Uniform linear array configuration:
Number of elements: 32
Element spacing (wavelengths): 0.5
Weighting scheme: blackman
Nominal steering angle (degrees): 45
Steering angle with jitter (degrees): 44.689
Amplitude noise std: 0.05
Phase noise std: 0.05

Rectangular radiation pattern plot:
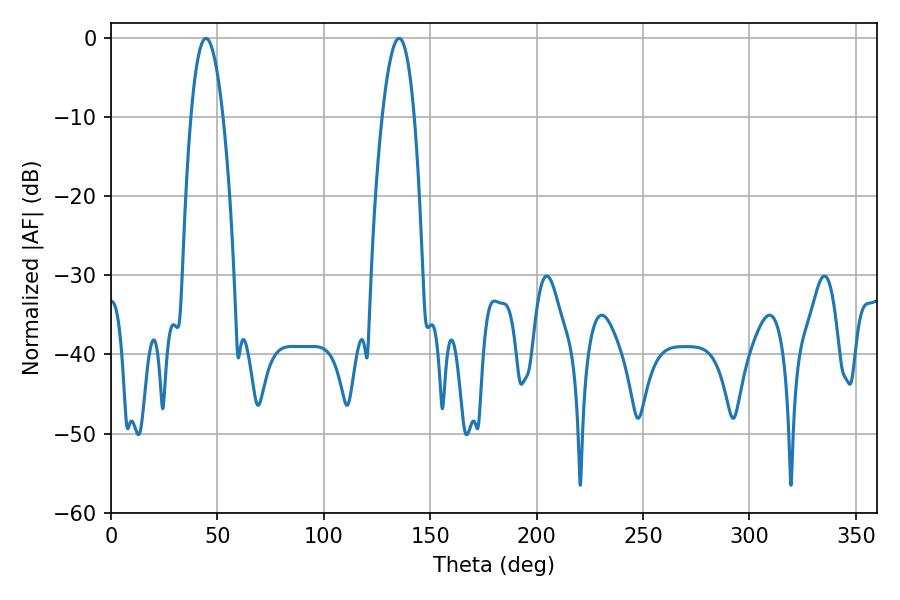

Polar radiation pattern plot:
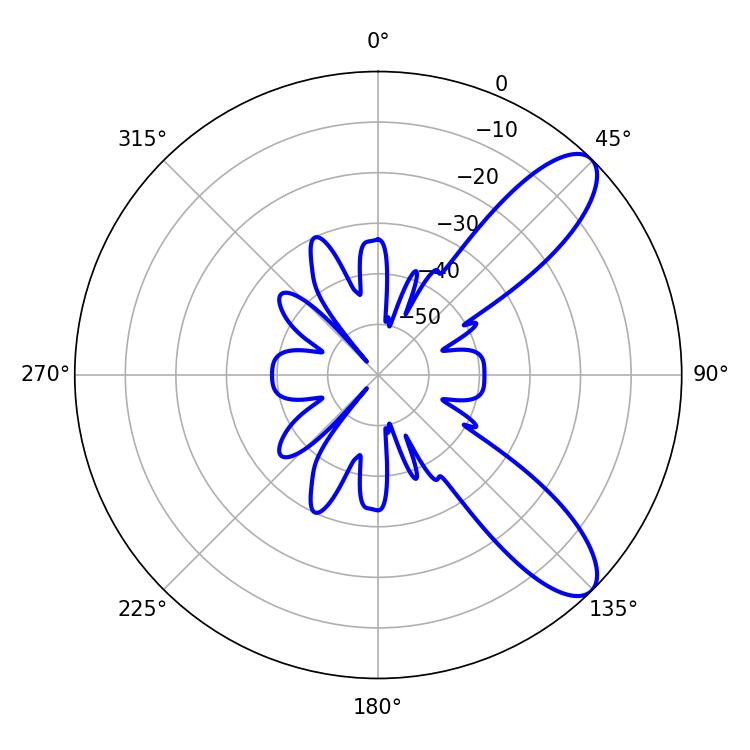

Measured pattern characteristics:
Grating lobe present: FALSE
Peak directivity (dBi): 9.6
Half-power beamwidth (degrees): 8.28
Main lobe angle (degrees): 44.64